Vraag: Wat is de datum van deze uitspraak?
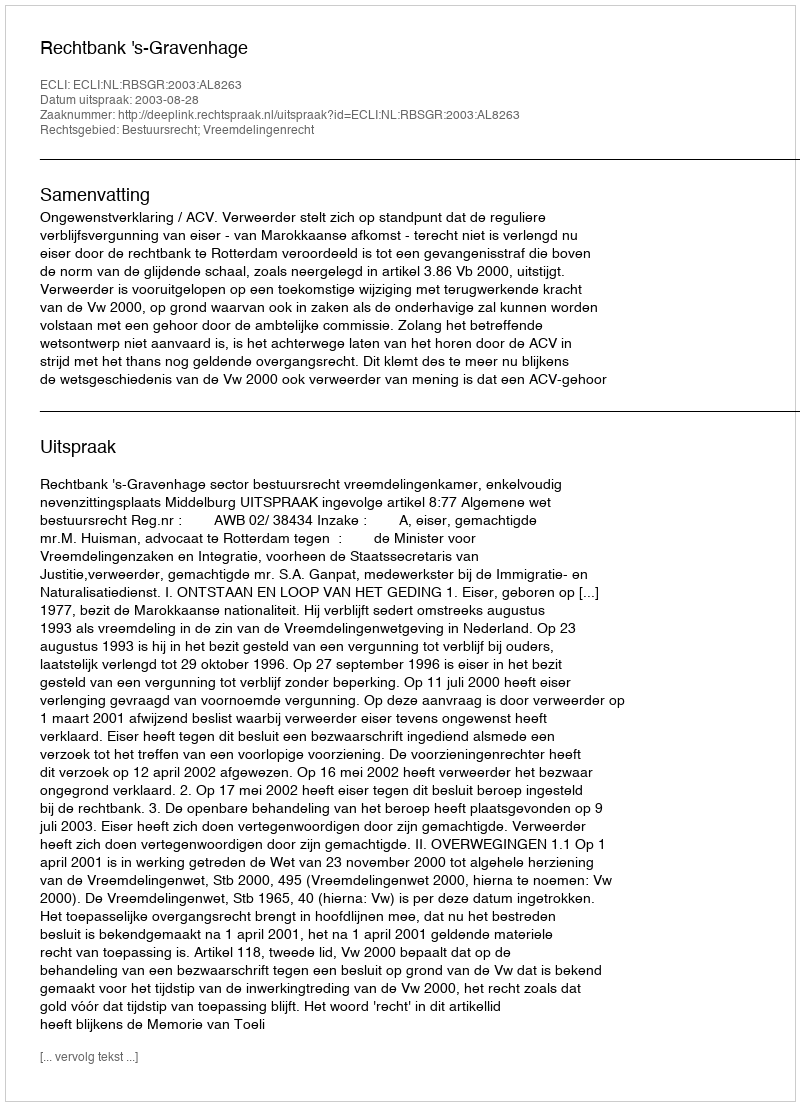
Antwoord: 2003-08-28